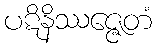
ပဋိနိဿဇ္ဇေတံ